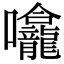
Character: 㘛